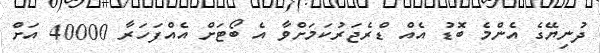
ދުނިޔޭގެ އެންމެ ބޮޑު އެއް ޑްރެޖަރުކަމަށްވާ އެ ބޯޓަށް އެއްފަހަރާ 40000 އަށް